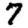
Digit: 7